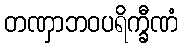
တဏှာဘဝပရိက္ခီဏံ